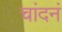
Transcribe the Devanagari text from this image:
चांदनं